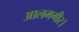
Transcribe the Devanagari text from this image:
आलमगीर।